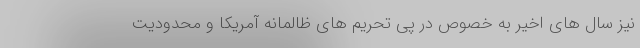
نیز سال های اخیر به خصوص در پی تحریم های ظالمانه آمریکا و محدودیت